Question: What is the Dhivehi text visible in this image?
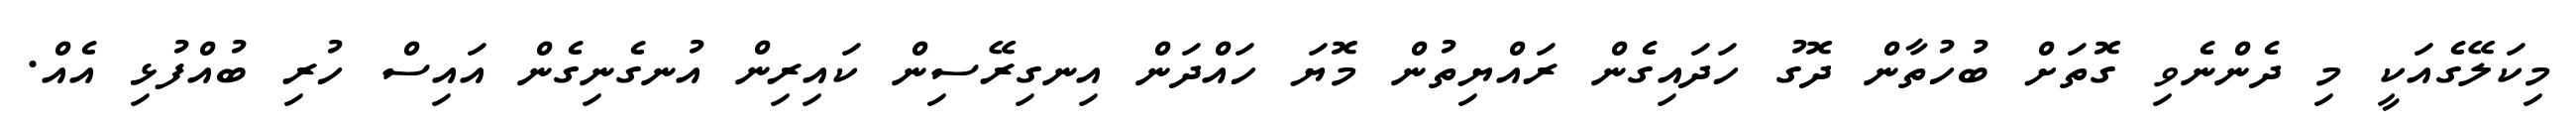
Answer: މިކަލޭގެއަކީ މި ދެންނެވި ގޮތަށް ބުހުތާން ދޮގު ހަދައިގެން ރައްޔިތުން މޮޔަ ހައްދަން އިނގިރޭސިން ކައިރިން އުނގެނިގެން އައިސް ހުރި ބުއްފުޅި އެއް.